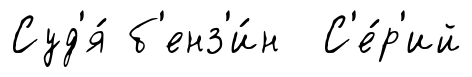
Суд'я́ б'енз'и́н С'е́р'ий